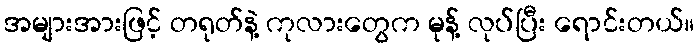
အများအားဖြင့် တရုတ်နဲ့ ကုလားတွေက မုန့် လုပ်ပြီး ရောင်းတယ်။